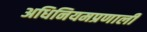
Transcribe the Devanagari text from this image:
अधिनियमप्रणाली